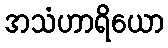
အသံဟာရိယော